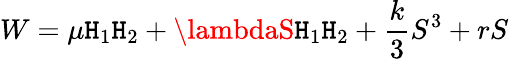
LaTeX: W=\mu\mathtt{H}_{1}\mathtt{H}_{2}+\lambdaS\mathtt{H}_{1}\mathtt{H}_{2}+\frac{{k}}{{3}}S^{3}+rS